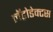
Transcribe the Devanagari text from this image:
लॅट्रोडेक्टस